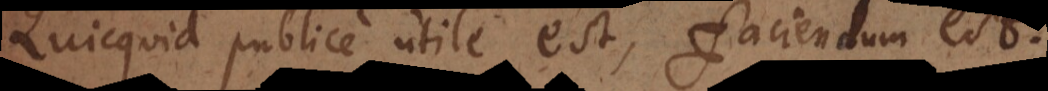
uicquid publice utile est, faciendum est.